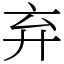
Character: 弃